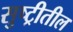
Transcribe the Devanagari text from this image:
सुष्ट्रीतील